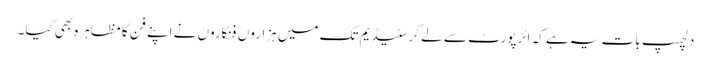
دلچسپ بات یہ ہے کہ ائرپورٹ سے لے کر سٹیڈیم تک میں ہزاروں فنکاروں نے اپنے فن کا مظاہرہ بھی کیا۔